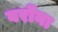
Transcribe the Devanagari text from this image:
बरोंना